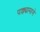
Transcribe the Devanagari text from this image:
पल्ल्यामागे